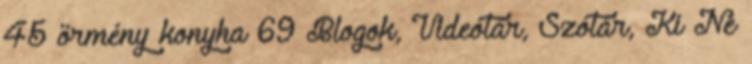
45 örmény konyha 69 Blogok, Videótár, Szótár, Ki Ne